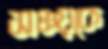
সঞ্চয়কে